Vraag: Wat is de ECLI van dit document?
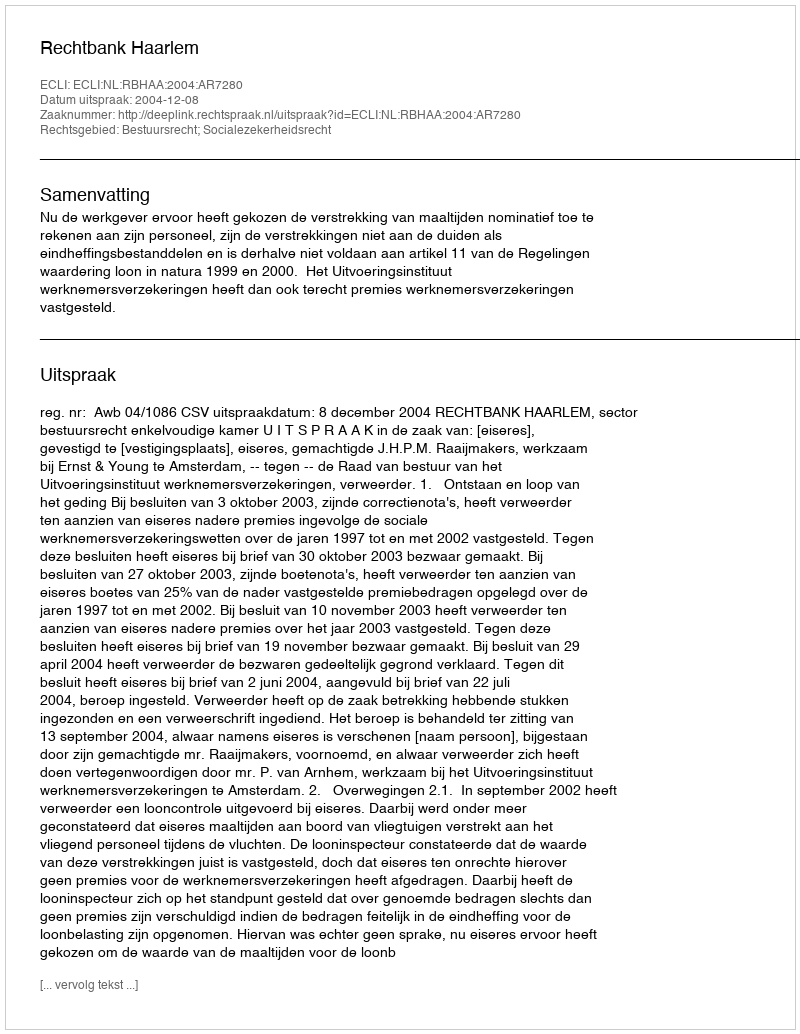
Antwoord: ECLI:NL:RBHAA:2004:AR7280